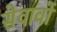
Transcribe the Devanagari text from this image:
सेवावों